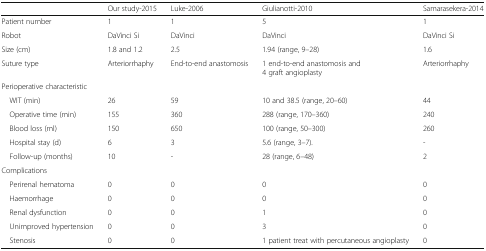
|  | Our study-2015 | Luke-2006 | Giulianotti-2010 | Samarasekera-2014 |
 | --- | --- | --- | --- | --- |
 | Patient number | 1 | 1 | 5 | 1 |
 | Robot | DaVinci Si | DaVinci | DaVinci | DaVinci Si |
 | Size (cm) | 1.8 and 1.2 | 2.5 | 1.94 (range, 9–28) | 1.6 |
 | Suture type | Arteriorrhaphy | End-to-end anastomosis | 1 end-to-end anastomosis and 4 graft angioplasty | Arteriorrhaphy |
 | <COLSPAN=5> Perioperative characteristic |
 | WIT (min) | 26 | 59 | 10 and 38.5 (range, 20–60) | 44 |
 | Operative time (min) | 155 | 360 | 288 (range, 170–360) | 240 |
 | Blood loss (ml) | 150 | 650 | 100 (range, 50–300) | 260 |
 | Hospital stay (d) | 6 | 3 | 5.6 (range, 3–7). | - |
 | Follow-up (months) | 10 | - | 28 (range, 6–48) | 2 |
 | <COLSPAN=5> Complications |
 | Perirenal hematoma | 0 | 0 | 0 | 0 |
 | Haemorrhage | 0 | 0 | 0 | 0 |
 | Renal dysfunction | 0 | 0 | 1 | 0 |
 | Unimproved hypertension | 0 | 0 | 3 | 0 |
 | Stenosis | 0 | 0 | 1 patient treat with percutaneous angioplasty | 0 |